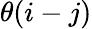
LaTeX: \theta(i-j)